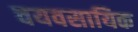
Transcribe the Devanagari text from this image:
वयवसायिक